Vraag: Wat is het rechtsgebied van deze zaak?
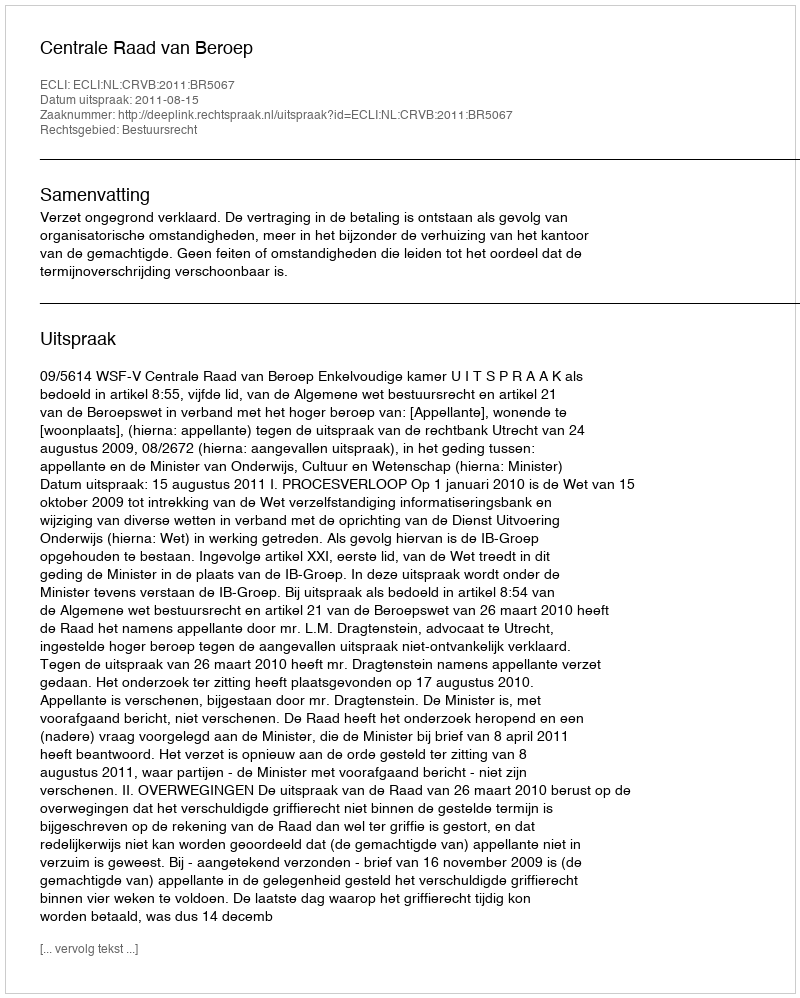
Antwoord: Bestuursrecht